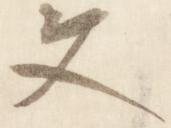
文